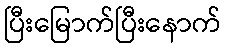
ပြီးမြောက်ပြီးနောက်